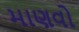
માણવો